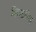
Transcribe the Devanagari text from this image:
विघटनित्र